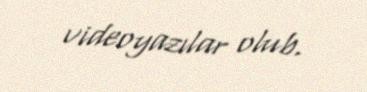
videoyazılar olub.